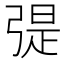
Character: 𢐂